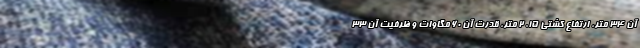
آن ۳۴ متر، ارتفاع کشتی ۱۵. ۲ متر، قدرت آن ۶۰ مگاوات و ظرفیت آن ۳۳